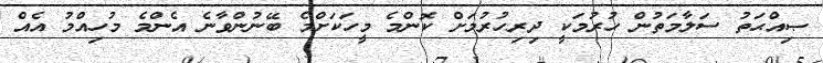
ޞިއްޙަތު ސަލާމަތުން ހުރުމަކީ ދިރިހުރުމަށް ކޮންމެ މީހަކަށްމެ ބޭނުންވާނެ އެންމެ މުހިއްމު އެއް